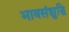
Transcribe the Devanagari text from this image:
भावसंशुद्धि